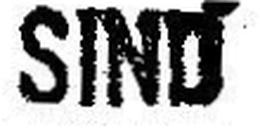
SIND